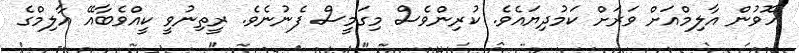
ހޮވުން އާލިމްއަށް ވަރަށް ކަމުދިޔައެވެ. ކުރިންވެސް މިގަމީސް ފެނުނެވެ. ރީތިނުވީ ކީއްވެބާއޭ އާލިމްގެ